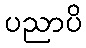
ပညာပိ